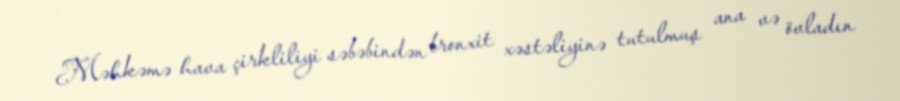
Məhkəmə hava çirkliliyi səbəbindən bronxit xəstəliyinə tutulmuş ana və övladın